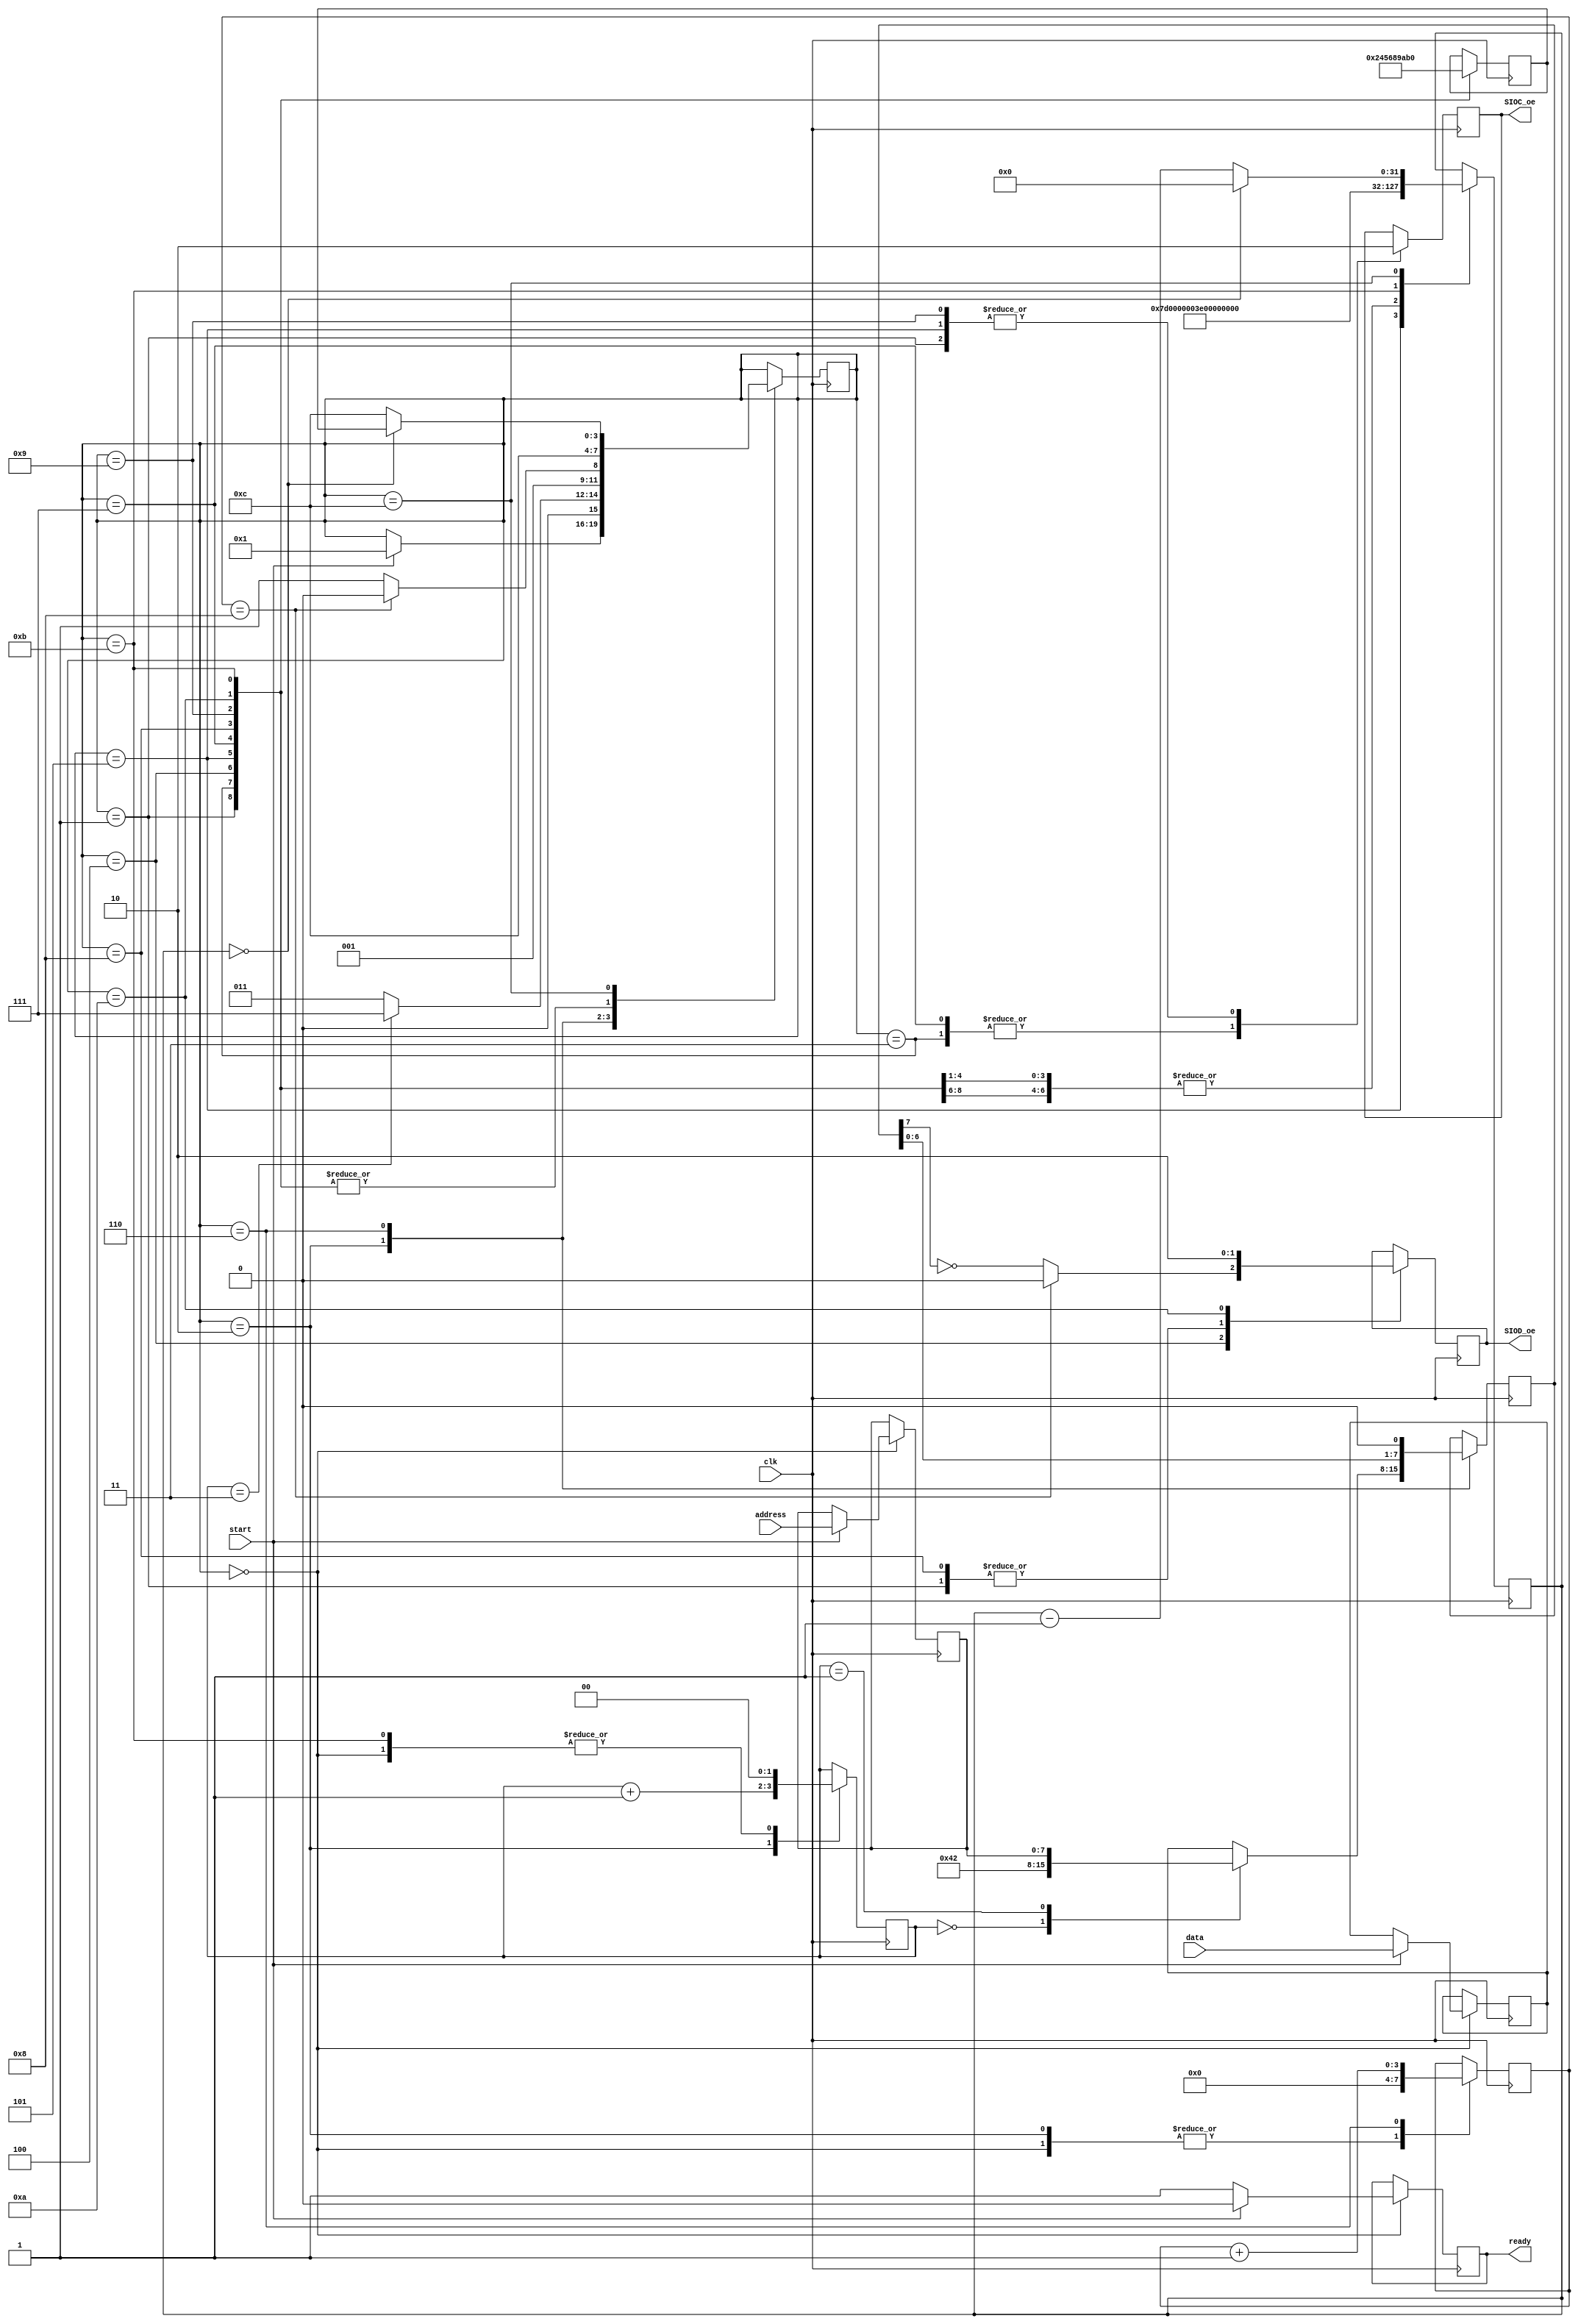
`timescale 1ns / 1ps
//////////////////////////////////////////////////////////////////////////////////
// Company: 
// Engineer: 
// 
// Design Name: 
// Module Name: SCCB_interface
// Project Name: 
// Target Devices: 
// Tool Versions: 
// Description: 
// 
// Dependencies: 
// 
// Revision:
// Revision 0.01 - File Created
// Additional Comments:
// 
//////////////////////////////////////////////////////////////////////////////////


module SCCB_interface
#(
    parameter CLK_FREQ = 25000000,
    parameter SCCB_FREQ = 100000
)
(
    input wire clk,
    input wire start,
    input wire [7:0] address,
    input wire [7:0] data,
    output reg ready,
    output reg SIOC_oe,
    output reg SIOD_oe
    );
    
    localparam CAMERA_ADDR = 8'h42;//8'h84;
    localparam FSM_IDLE = 0;
    localparam FSM_START_SIGNAL = 1;
    localparam FSM_LOAD_BYTE = 2;
    localparam FSM_TX_BYTE_1 = 3;
    localparam FSM_TX_BYTE_2 = 4;
    localparam FSM_TX_BYTE_3 = 5;
    localparam FSM_TX_BYTE_4 = 6;
    localparam FSM_END_SIGNAL_1 = 7;
    localparam FSM_END_SIGNAL_2 = 8;
    localparam FSM_END_SIGNAL_3 = 9;
    localparam FSM_END_SIGNAL_4 = 10;
    localparam FSM_DONE = 11;
    localparam FSM_TIMER = 12;
    
    
    initial begin 
        SIOC_oe = 0;
        SIOD_oe = 0;
        ready = 1;
    end
    
    reg [3:0] FSM_state = 0;
    reg [3:0] FSM_return_state = 0;
    reg [31:0] timer = 0;
    reg [7:0] latched_address;
    reg [7:0] latched_data; 
    reg [1:0] byte_counter = 0;
    reg [7:0] tx_byte = 0;
    reg [3:0] byte_index = 0;
    
    
    always@(posedge clk) begin
        
        case(FSM_state) 
        
            FSM_IDLE: begin
                byte_index <= 0;
                byte_counter <= 0;
                if (start) begin 
                    FSM_state <= FSM_START_SIGNAL;
                    latched_address <= address;
                    latched_data <= data;
                    ready <= 0;
                end
                else begin
                    ready <= 1;
                end
            end
            
            FSM_START_SIGNAL: begin //comunication interface start signal, bring SIOD low
                FSM_state <= FSM_TIMER;
                FSM_return_state <= FSM_LOAD_BYTE;
                timer <= (CLK_FREQ/(4*SCCB_FREQ));
                SIOC_oe <= 0;
                SIOD_oe <= 1;
            end
            
            FSM_LOAD_BYTE: begin //load next byte to be transmitted
                FSM_state <= (byte_counter == 3) ? FSM_END_SIGNAL_1 : FSM_TX_BYTE_1;
                byte_counter <= byte_counter + 1'h1;
                byte_index <= 0; //clear byte index
                case(byte_counter)
                    0: tx_byte <= CAMERA_ADDR;
                    1: tx_byte <= latched_address;
                    2: tx_byte <= latched_data;
                    default: tx_byte <= latched_data;
                endcase
            end
            
            FSM_TX_BYTE_1: begin //bring SIOC low and and delay for next state 
                FSM_state <= FSM_TIMER;
                FSM_return_state <= FSM_TX_BYTE_2;
                timer <= (CLK_FREQ/(4*SCCB_FREQ));
                SIOC_oe <= 1; 
            end
            
            FSM_TX_BYTE_2: begin //assign output data, 
                FSM_state <= FSM_TIMER;
                FSM_return_state <= FSM_TX_BYTE_3;
                timer <= (CLK_FREQ/(4*SCCB_FREQ)); //delay for SIOD to stabilize
                SIOD_oe <= (byte_index == 8) ? 1'h0 : ~tx_byte[7]; //allow for 9 cycle ack, output enable signal is inverting
            end
            
            FSM_TX_BYTE_3: begin // bring SIOC high 
                FSM_state <= FSM_TIMER;
                FSM_return_state <= FSM_TX_BYTE_4;
                timer <= (CLK_FREQ/(2*SCCB_FREQ));
                SIOC_oe <= 0; //output enable is an inverting pulldown
            end
            
            FSM_TX_BYTE_4: begin //check for end of byte, incriment counter
                FSM_state <= (byte_index == 8) ? FSM_LOAD_BYTE : FSM_TX_BYTE_1;
                tx_byte <= tx_byte<<1; //shift in next data bit
                byte_index <= byte_index + 1'h1;
            end
            
            FSM_END_SIGNAL_1: begin //state is entered with SIOC high, SIOD high. Start by bringing SIOC low
                FSM_state <= FSM_TIMER;
                FSM_return_state <= FSM_END_SIGNAL_2;
                timer <= (CLK_FREQ/(4*SCCB_FREQ));
                SIOC_oe <= 1;
            end
            
            FSM_END_SIGNAL_2: begin // while SIOC is low, bring SIOD low 
                FSM_state <= FSM_TIMER;
                FSM_return_state <= FSM_END_SIGNAL_3;
                timer <= (CLK_FREQ/(4*SCCB_FREQ));
                SIOD_oe <= 1;
            end
            
            FSM_END_SIGNAL_3: begin // bring SIOC high
                FSM_state <= FSM_TIMER;
                FSM_return_state <= FSM_END_SIGNAL_4;
                timer <= (CLK_FREQ/(4*SCCB_FREQ));
                SIOC_oe <= 0;
            end
            
            FSM_END_SIGNAL_4: begin // bring SIOD high when SIOC is high
                FSM_state <= FSM_TIMER;
                FSM_return_state <= FSM_DONE;
                timer <= (CLK_FREQ/(4*SCCB_FREQ));
                SIOD_oe <= 0;
            end
            
            FSM_DONE: begin //add delay between transactions
                FSM_state <= FSM_TIMER;
                FSM_return_state <= FSM_IDLE;
                timer <= (2*CLK_FREQ/(SCCB_FREQ));
                byte_counter <= 0;
            end
            
            FSM_TIMER: begin //count down and jump to next state
                FSM_state <= (timer == 0) ? FSM_return_state : FSM_TIMER;
                timer <= (timer==0) ? 0 : timer - 1;
            end
        endcase
    end
    
    
endmodule